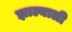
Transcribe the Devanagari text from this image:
झाल्याली